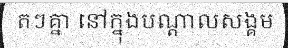
តៗគ្នា នៅក្នុងបណ្តាលសង្គម